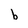
Character: b